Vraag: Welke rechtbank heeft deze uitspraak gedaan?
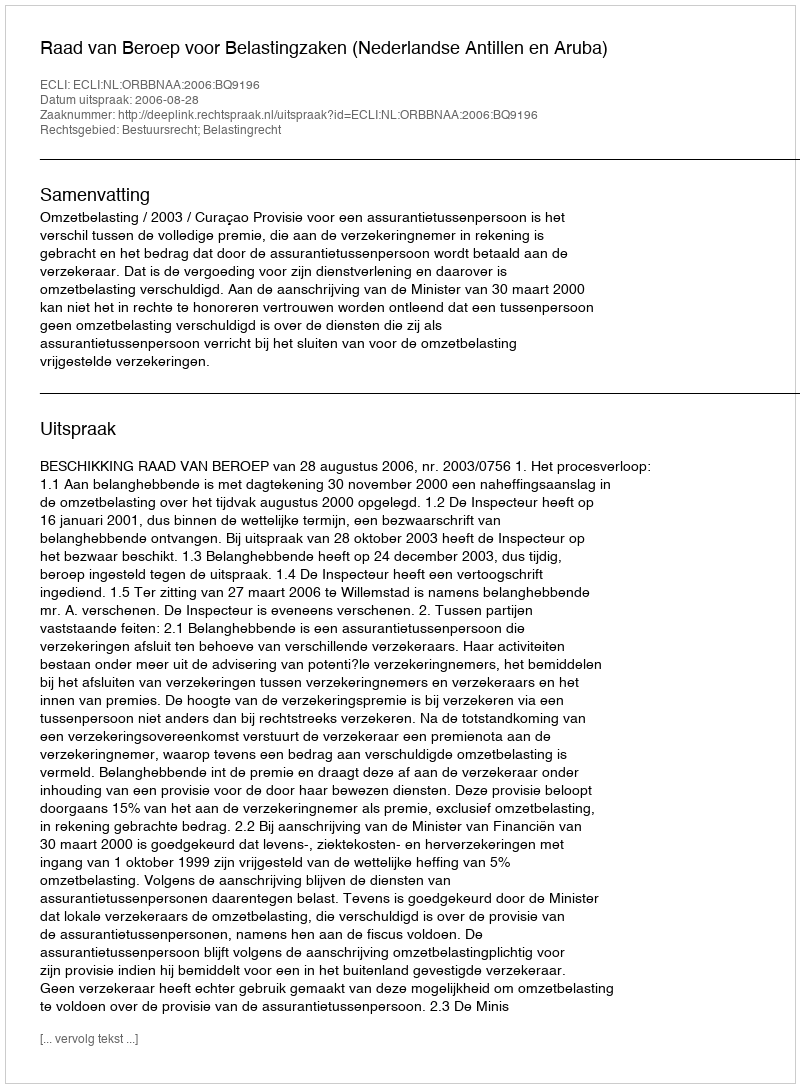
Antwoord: Raad van Beroep voor Belastingzaken (Nederlandse Antillen en Aruba)